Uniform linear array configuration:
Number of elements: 8
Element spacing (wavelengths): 1
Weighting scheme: hamming
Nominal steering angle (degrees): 0
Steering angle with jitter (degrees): -1.758
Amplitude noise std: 0.05
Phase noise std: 0.05

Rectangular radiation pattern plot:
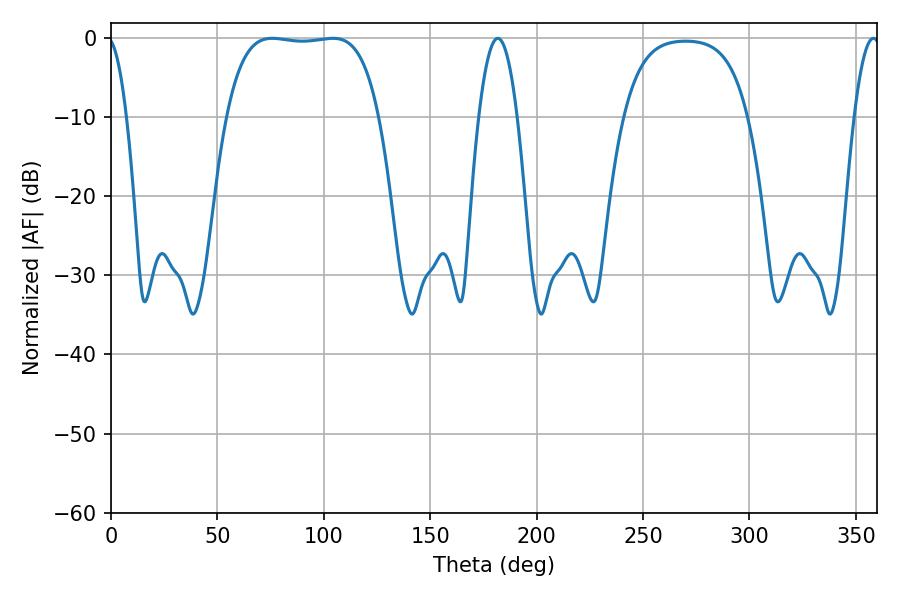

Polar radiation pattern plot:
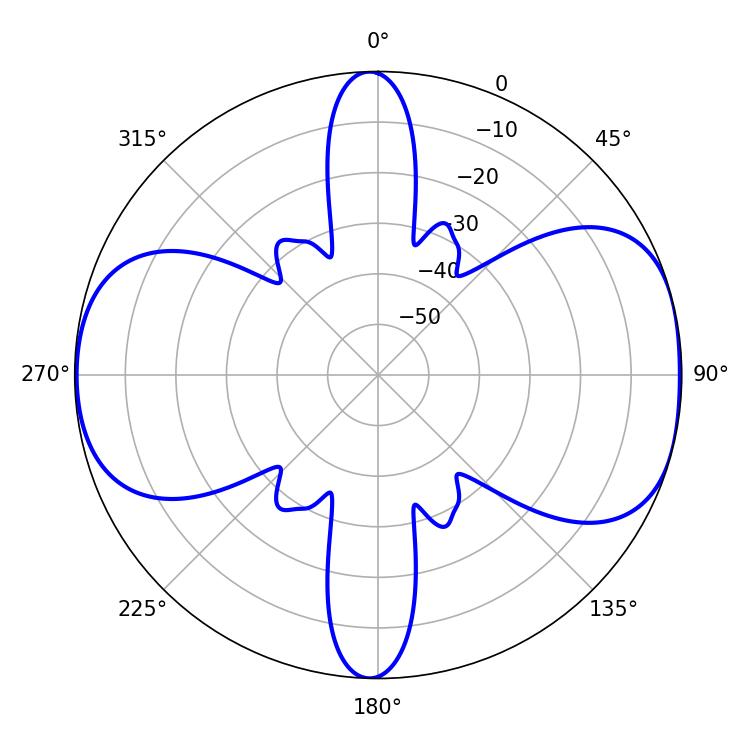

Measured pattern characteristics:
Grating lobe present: TRUE
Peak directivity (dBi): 8.474
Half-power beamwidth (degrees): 56.16
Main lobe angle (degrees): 75.78